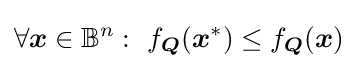
\forall {\boldsymbol {x}}\in \mathbb {B} ^{n}:~f_{\boldsymbol {Q}}({\boldsymbol {x}}^{*})\leq f_{\boldsymbol {Q}}({\boldsymbol {x}})